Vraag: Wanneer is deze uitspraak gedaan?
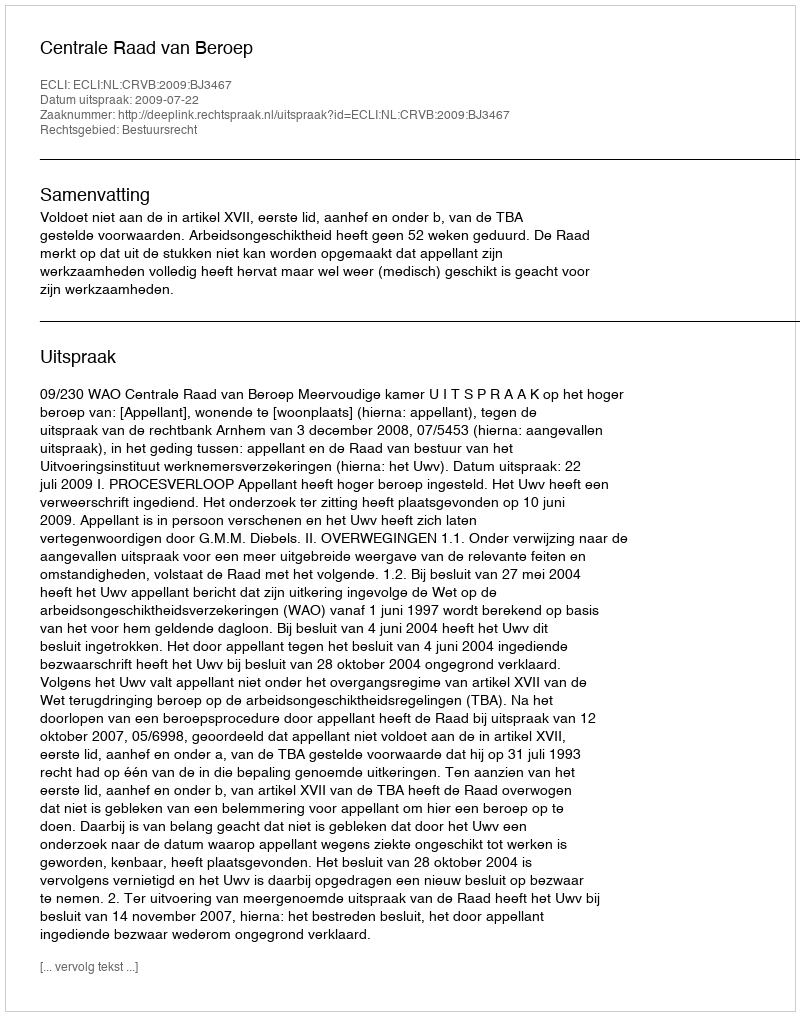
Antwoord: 2009-07-22